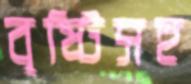
বৃষ্টিসহ